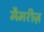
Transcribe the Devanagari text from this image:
मैमरीज़